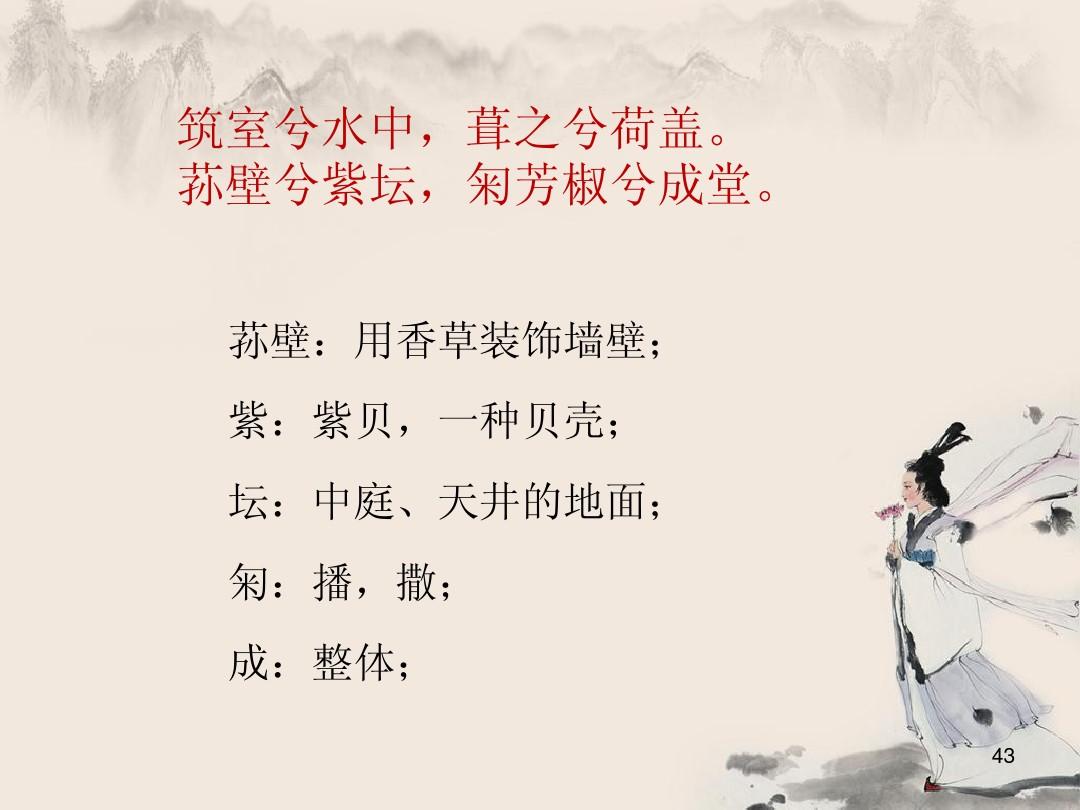
筑室兮水中，葺之兮荷盖